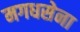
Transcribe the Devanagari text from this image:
मगधसेना